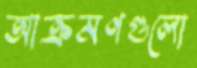
আক্রমণগুলো